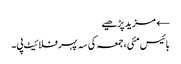
← مزید پڑھیے
بائیس مئی، جمعہ کی سہ پہر فلائیٹ پی۔